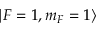
| F = 1 , m _ { F } = 1 \rangle